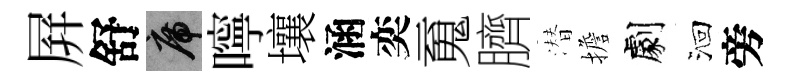
屛舒席嚀壤涵奕䰟臍潜擔劇洄旁